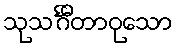
သုသင်္ဂီတာဝုသော